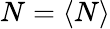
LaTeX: N=\langle N\rangle